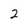
Character: 2